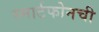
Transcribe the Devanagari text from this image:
स्मार्टफोनची